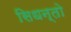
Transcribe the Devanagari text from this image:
सिधन्तो